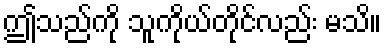
ဤသည်ကို သူကိုယ်တိုင်လည်း မသိ။